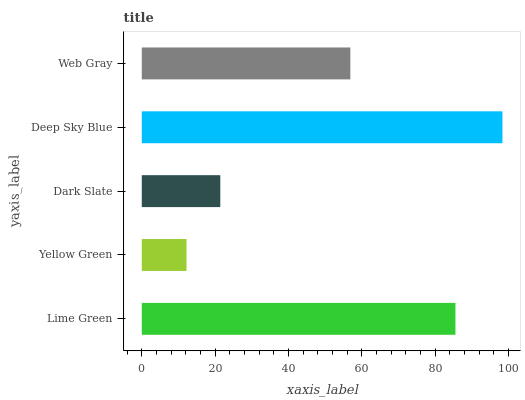
| yaxis_label | bars |
 | --- | --- |
 | Lime Green | 85.5 |
 | Yellow Green | 12.2 |
 | Dark Slate | 21.4 |
 | Deep Sky Blue | 98.4 |
 | Web Gray | 56.9 |